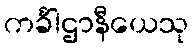
ကင်္ခါဌာနီယေသု